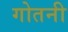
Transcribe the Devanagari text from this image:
गोतनी